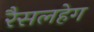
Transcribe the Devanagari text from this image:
रैसलहेग